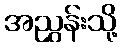
အညွှန်းသို့